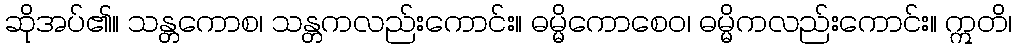
ဆိုအပ်၏။ သန္တကောစ၊ သန္တကလည်းကောင်း။ ဓမ္မိကောစေဝ၊ ဓမ္မိကလည်းကောင်း။ ဣတိ၊